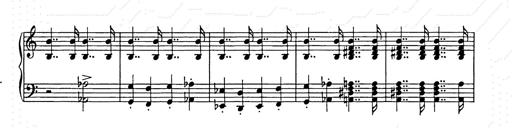
Title: Unstern!
Composer: Franz Liszt